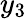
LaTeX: y_{3}